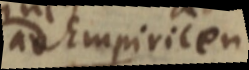
ad Empiricen